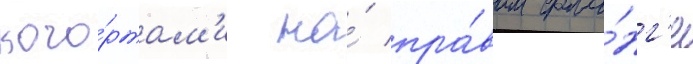
кого́ртам'и на́ пра́вом фла́нг'е